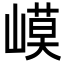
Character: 𡻟